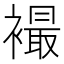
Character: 襊